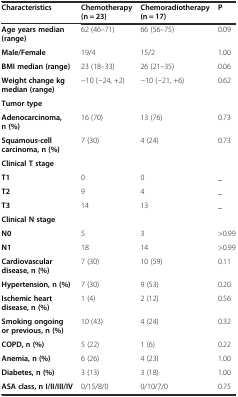
<table><thead><tr><td><b>Characteristics</b></td><td><b>Chemotherapy (n = 23)</b></td><td><b>Chemoradiotherapy (n = 17)</b></td><td><b>P</b></td></tr></thead><tbody><tr><td><b>Age years median (range)</b></td><td>62 (46–71)</td><td>66 (56–75)</td><td>0.09</td></tr><tr><td><b>Male/Female</b></td><td>19/4</td><td>15/2</td><td>1.00</td></tr><tr><td><b>BMI median (range)</b></td><td>23 (18–33)</td><td>26 (21–35)</td><td>0.06</td></tr><tr><td><b>Weight change kg median (range)</b></td><td>−10 (−24, +2)</td><td>−10 (−21, +6)</td><td>0.62</td></tr><tr><td><b>Tumor type</b></td><td></td><td></td><td></td></tr><tr><td><b>Adenocarcinoma, n (%)</b></td><td>16 (70)</td><td>13 (76)</td><td>0.73</td></tr><tr><td><b>Squamous-cell carcinoma, n (%)</b></td><td>7 (30)</td><td>4 (24)</td><td>0.73</td></tr><tr><td><b>Clinical T stage</b></td><td></td><td></td><td></td></tr><tr><td><b>T1</b></td><td>0</td><td>0</td><td>_</td></tr><tr><td><b>T2</b></td><td>9</td><td>4</td><td>_</td></tr><tr><td><b>T3</b></td><td>14</td><td>13</td><td>_</td></tr><tr><td><b>Clinical N stage</b></td><td></td><td></td><td></td></tr><tr><td><b>N0</b></td><td>5</td><td>3</td><td>&gt;0.99</td></tr><tr><td><b>N1</b></td><td>18</td><td>14</td><td>&gt;0.99</td></tr><tr><td><b>Cardiovascular disease, n (%)</b></td><td>7 (30)</td><td>10 (59)</td><td>0.11</td></tr><tr><td><b>Hypertension, n (%)</b></td><td>7 (30)</td><td>9 (53)</td><td>0.20</td></tr><tr><td><b>Ischemic heart disease, n (%)</b></td><td>1 (4)</td><td>2 (12)</td><td>0.56</td></tr><tr><td><b>Smoking ongoing or previous, n (%)</b></td><td>10 (43)</td><td>4 (24)</td><td>0.32</td></tr><tr><td><b>COPD, n (%)</b></td><td>5 (22)</td><td>1 (6)</td><td>0.22</td></tr><tr><td><b>Anemia, n (%)</b></td><td>6 (26)</td><td>4 (23)</td><td>1.00</td></tr><tr><td><b>Diabetes, n (%)</b></td><td>3 (13)</td><td>3 (18)</td><td>1.00</td></tr><tr><td><b>ASA class, n I/II/III/IV</b></td><td>0/15/8/0</td><td>0/10/7/0</td><td>0.75</td></tr></tbody></table>